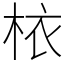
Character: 𣐿